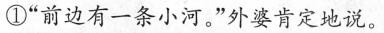
①“前边有一条小河。”外婆肯定地说，